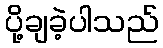
ပို့ချခဲ့ပါသည်